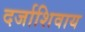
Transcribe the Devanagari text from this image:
दर्जाशिवाय